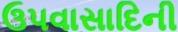
ઉપવાસાદિની